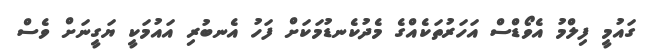
ގައުމީ ފިލްމު އެވޯޑްސް އަހަރުތަކެއްގެ މެދުކެނޑުމަކަށް ފަހު އެނބުރި އައުމަކީ ޔަގީނަށް ވެސް